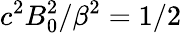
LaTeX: c^{2}B_{0}^{2}/\beta^{2}=1/2